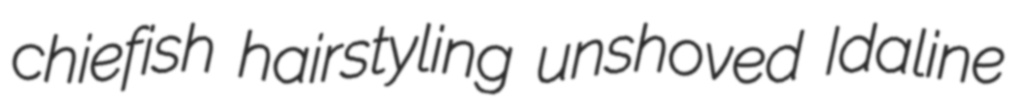
chiefish hairstyling unshoved Idaline